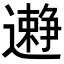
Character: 𨘱